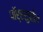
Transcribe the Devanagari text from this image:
पॉर्‍हसुदील